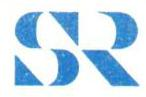
SR